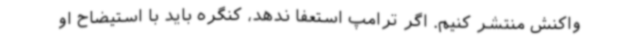
واکنش منتشر کنیم. اگر ترامپ استعفا ندهد، کنگره باید با استیضاح او